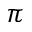
\pi